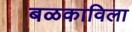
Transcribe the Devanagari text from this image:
बळकाविला